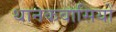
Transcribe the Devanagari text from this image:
थानकवासियों